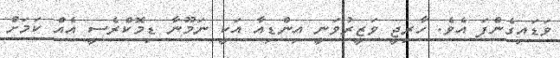
ވަޑައިގެންފަ އެވެ. ހާރިޖީ ވަޒީރުވަނީ އިންޑިއާ އަކީ ނަމޫނާ ޑިމޮކްރެސީ އެއް ކަމަށް